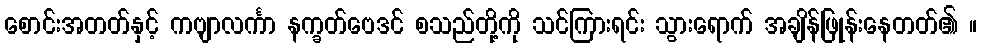
စောင်းအတတ်နှင့် ကဗျာလင်္ကာ နက္ခတ်ဗေဒင် စသည်တို့ကို သင်ကြားရင်း သွားရောက် အချိန်ဖြုန်းနေတတ်၏ ။